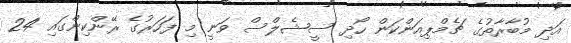
އަދި މުބާރާތުގެ ޗެމްޕިއަންކަން ހޯދި ސީޝެލްސް ވަނީ މި ފަހަރުގެ ރޭންކިންގައި 24